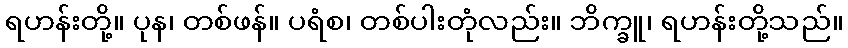
ရဟန်းတို့။ ပုန၊ တစ်ဖန်။ ပရံစ၊ တစ်ပါးတုံလည်း။ ဘိက္ခူ၊ ရဟန်းတို့သည်။